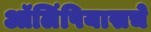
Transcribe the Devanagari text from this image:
ऑलिंपियासचे